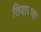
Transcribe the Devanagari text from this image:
तियात्राया